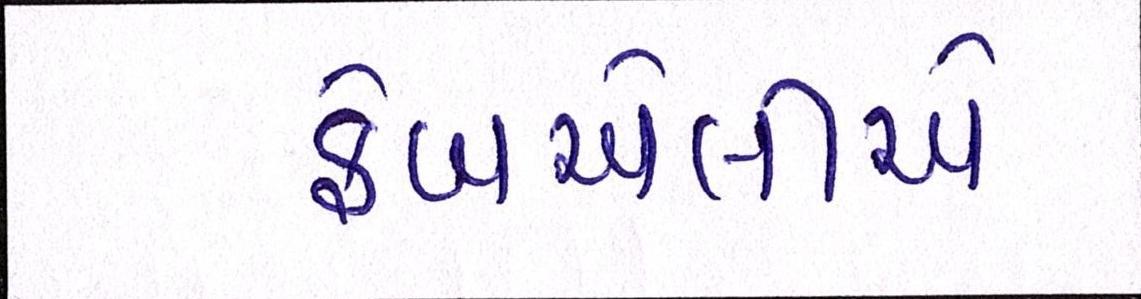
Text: ફેબએલીએ